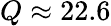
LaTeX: Q\approx 22.6